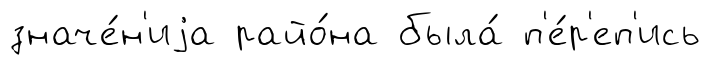
значе́н'иjа райо́на была́ п'е́р'еп'ись